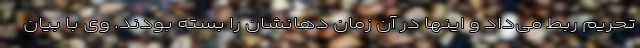
تحریم ربط می‌داد و اینها در آن زمان دهانشان را بسته بودند. وی با بیان